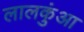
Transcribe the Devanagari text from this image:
लालकुंआ